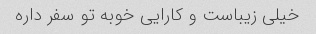
خیلی زیباست و کارایی خوبه تو سفر داره